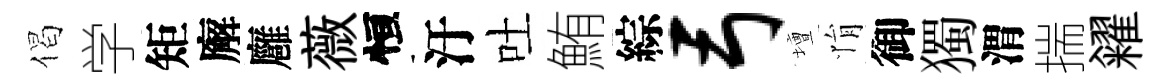
偈学矩廨廱薇恒汙吐鮪綜弓壇悁御獨渭揣糴